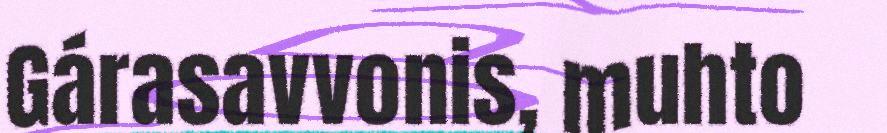
Gárasavvonis, muhto